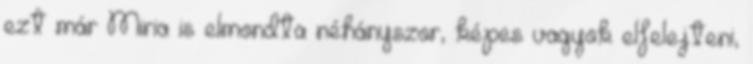
ezt már Miria is elmondta néhányszor, képes vagyok elfelejteni,